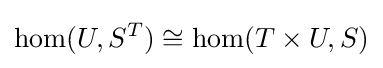
\hom(U,S^{T})\cong \hom(T\times U,S)